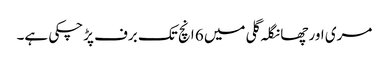
مری اور چھانگلہ گلی میں 6 انچ تک برف پڑچکی ہے۔